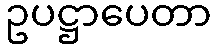
ဥပဋ္ဌာပေတာ